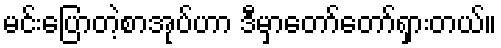
မင်းပြောတဲ့စာအုပ်ဟာ ဒီမှာတော်တော်ရှားတယ်။